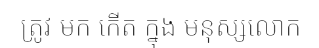
ត្រូវ មក កើត ក្នុង មនុស្សលោក